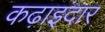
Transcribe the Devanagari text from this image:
कढ़ाइदार